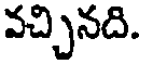
వచ్చినది.